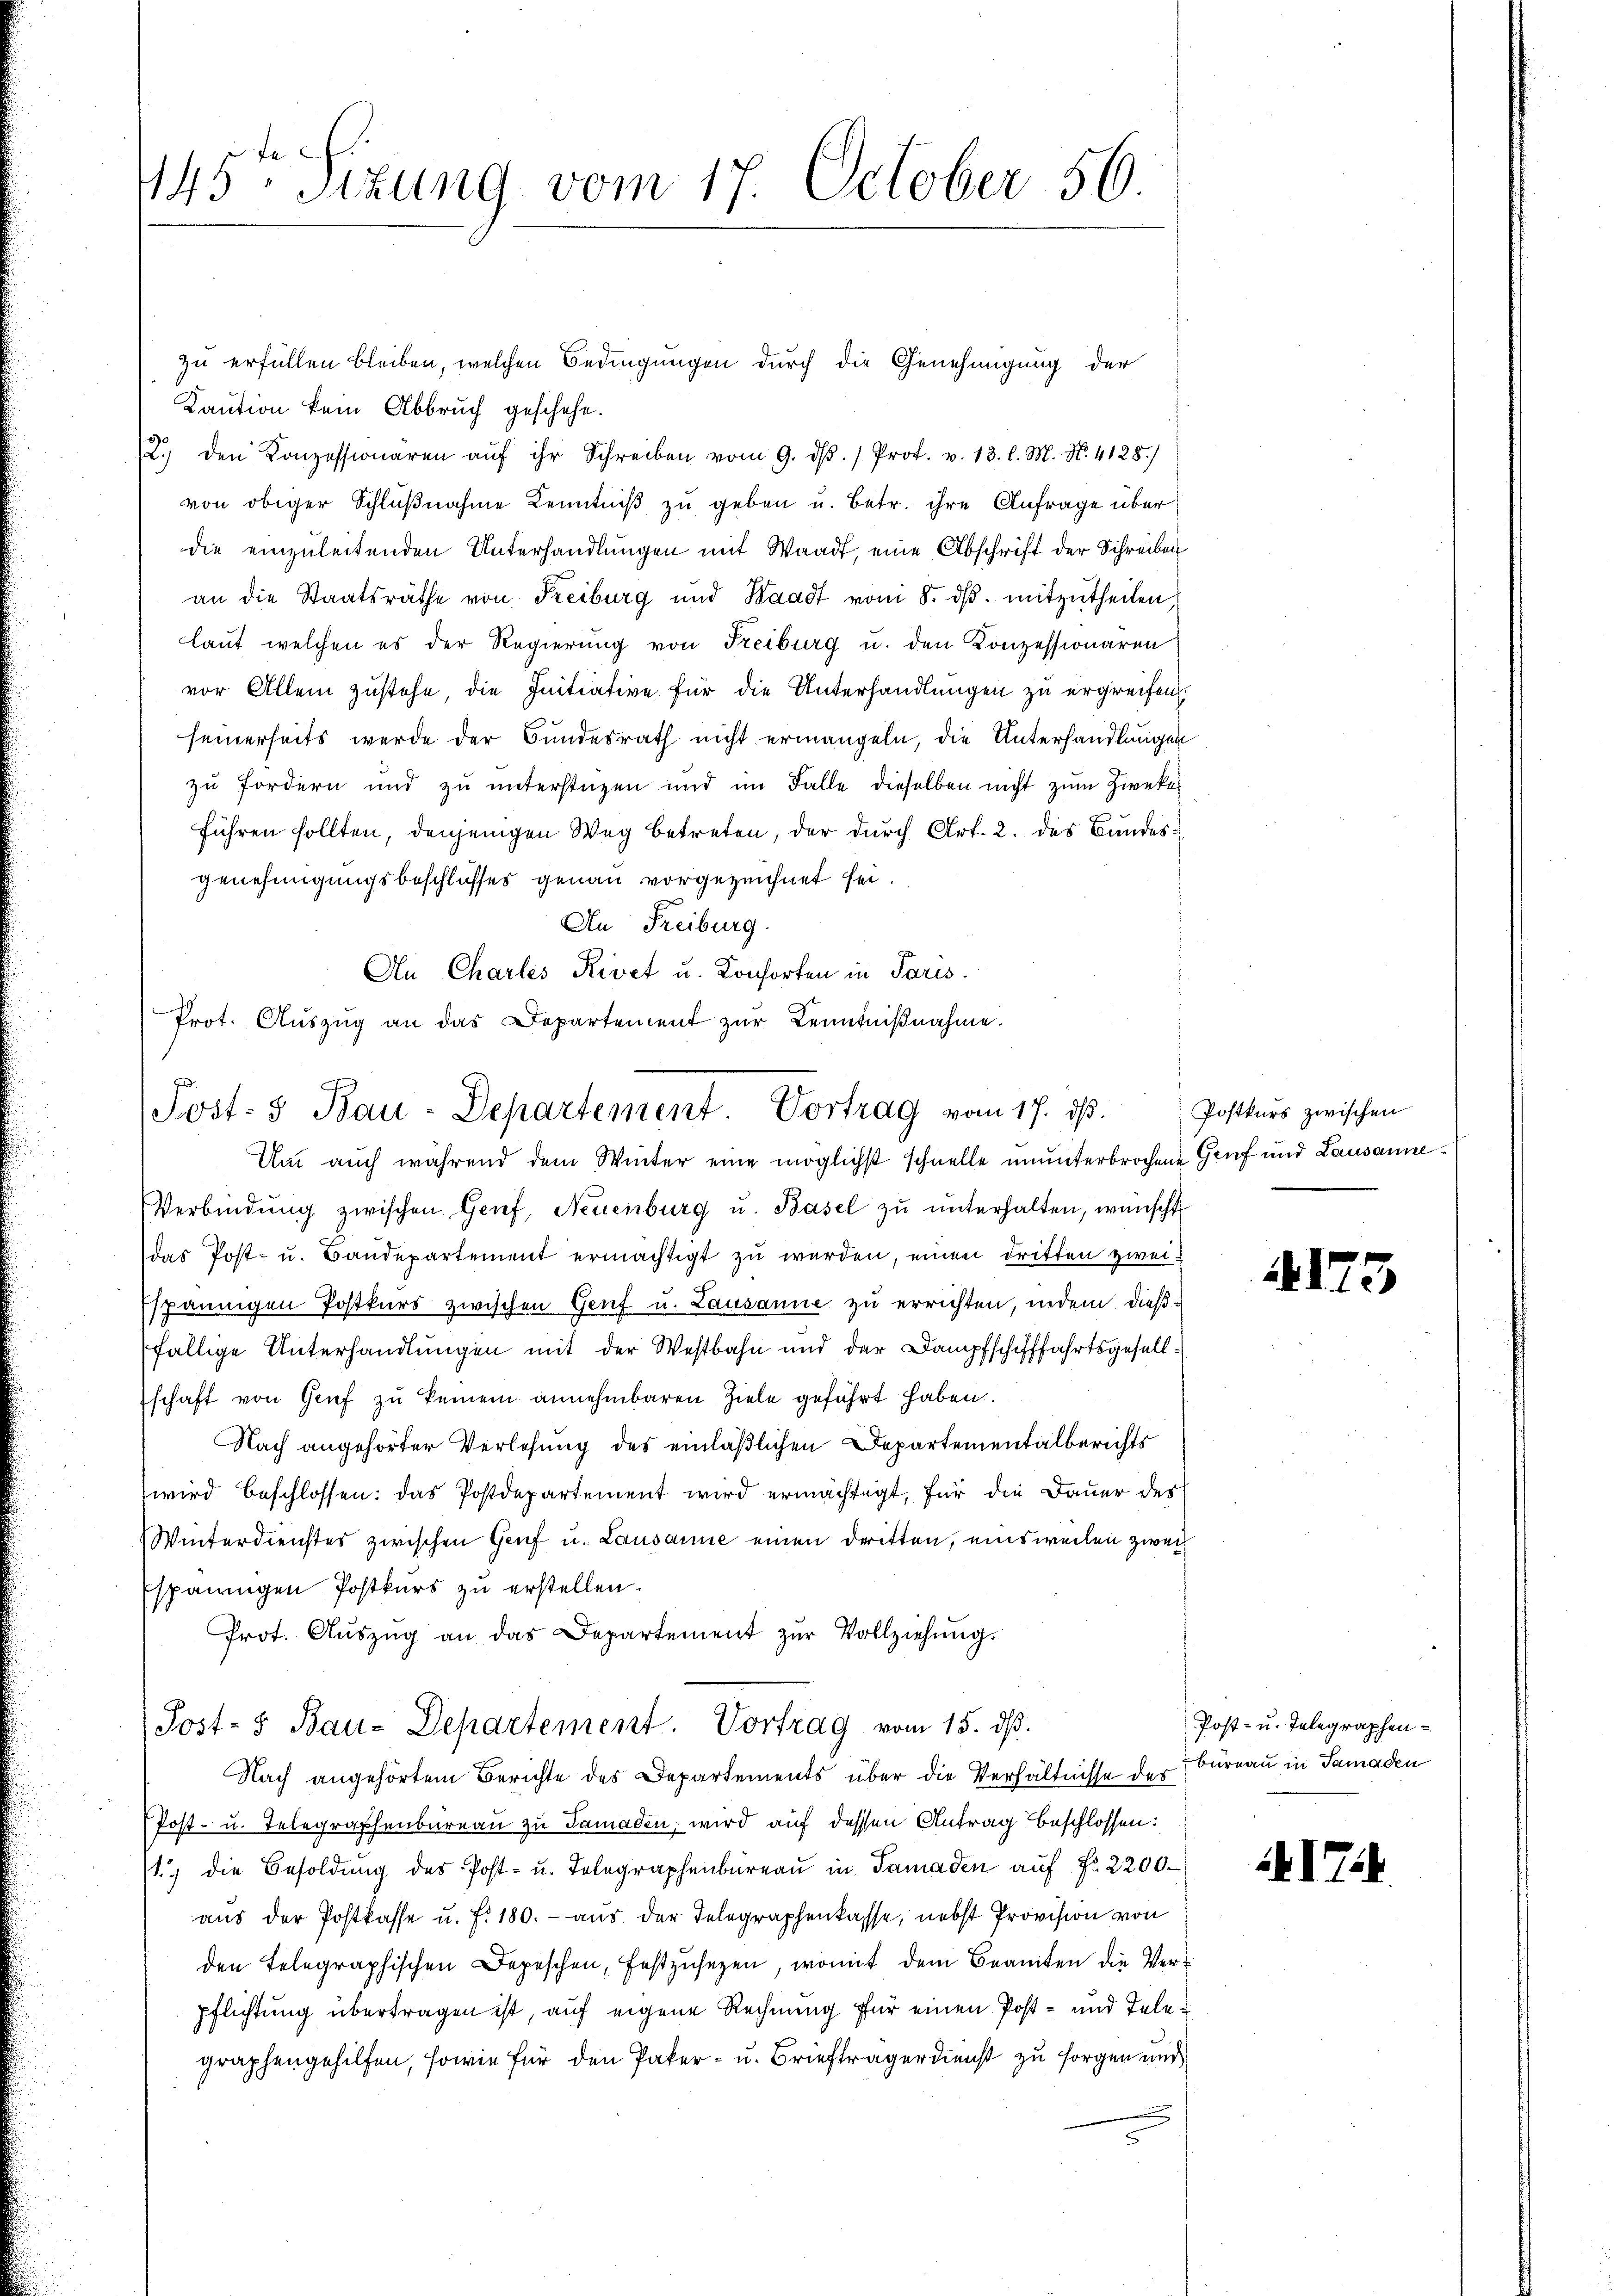
445. Sizung vom 17. October 56
1

zu erfüllen bleiben, welchen Bedingungen durch die Genehmigung der
Kaution kein Abbruch geschehe.
2.) den Konzessionaren aŭf ihr Schreiben vom 9. dβ. / Prot. v. 13. l. M. N. 4128)
von obiger Schlŭβnahme Kenntniβ zŭ geben u. betr. ihre Anfrage über
die einzuleitenden Unterhandlungen mit Waadt, eine Abschrift der Schreiben
an die Staatsräthe von Freiburg und Waadt vom 8. dβ. mitzutheilen,
laut welchen es der Regierung von Freiburg u. den Konzessionären
vor Allein zustehe, die Initiative für die Unterhandlungen zu ergreifen.
seinerseits werde der Bundesrath nicht ermangeln, die Unterhandlungen
zu fordern und zu unterstüzen und im Falle dieselben nicht zum Zwecker
führen sollten, denjenigen Weg betreten, der durch Art. 2. des Bundesgenehmigungsbeschlusses genau vorgezeichnet sei.
An Freiburg.
An Charles Rivet u. Konsorten in Paris.
Verbindŭng zwischen Genf, Neuenburg u. Basel zŭ ŭnterhalten, wünscht
das Post- u. Baudepartement ermächtigt zu werden, einen dritten zweispännigen Postkurs zwischen Genf u. Lausanne zu errichten, indem dießfällige Unterhandlungen mit der Westbahn und der Dampfschifffahrtsgesellschaft von Genf zu keinem annehmbaren Ziele geführt haben.
Nach angehörter Verlesung des einläßlichen Departementalberichts
wird beschlossen: das Postdepartement wird ermächtigt, für die Dauer des
Winterdienstes zwischen Genf u. Lausanne einen dritten, einsweilen zwei¬
Espänningen Postkurs zu erstellen.
Prot. Aŭszŭg an das Departement zŭr Vollziehŭng.
Post- & Bau-Departement. Vortrag vom 15. dß.
Nach angehörtem Berichte des Departements über die Verhältnisse der Bureau in Samaden
Post- u. Telegraphenbureau zu Tamaden, wird auf dessen Antrag beschlossen:
1) die Besoldŭng des Post- u. Telegraphenbüreaŭ in Samaden auf Fr. 2200
aus der Postkasse u. f. 180. - aus der Telegraphenkasse, nebst Provision von
den Telegraphischen Depeschen, festzusetzen, womit dem Beanten die Verpflichtung übertragen ist, auf eigene Rechnung für einen Post- und Telegraphengehilfen, sowie für den Paker- u. Briefträgerdienst zu sorgen und

Prot. Aŭszŭg an das Departement zŭr Kenntniβnahme.
Post- & Bau-Departement. Vortrag vom 17. dβ. Postkurs zwischen
Um auch während dem Winter eine möglichst schnelle ununterbrochene Genf und Lausanne¬

16. 17

5

Post- u. Telegraphen-

17